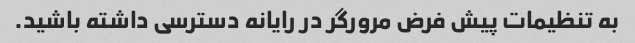
به تنظیمات پیش فرض مرورگر در رایانه دسترسی داشته باشید.